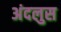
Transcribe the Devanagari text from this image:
अंदलुस